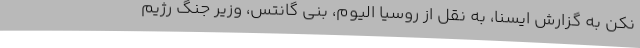
نکن به گزارش ایسنا، به نقل از روسیا الیوم، بنی گانتس، وزیر جنگ رژیم